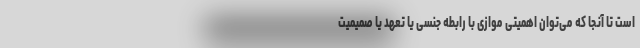
است تا آنجا که می‌توان اهمیتی موازی با رابطه جنسی یا تعهد یا صمیمیت